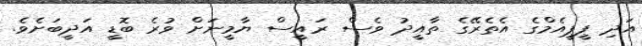
އަދި ޕީޕީއެމްގެ އެތެރޭގެ ތާއީދު ވެސް ރައީސް ޔާމީނަށް ވުރެ ބޮޑީ އަދީބަށެވެ.